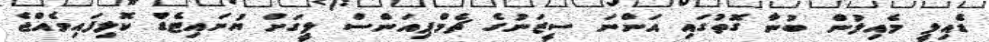
ޑެއިލީ މެއިލުން ބުނާ ގޮތުގައި އަންނަ ސީޒަނުގެ ޗެމްޕިއަންސް ލީގަށް ޔުނައިޓެޑް ކޮލިފައިވެއްޖެ